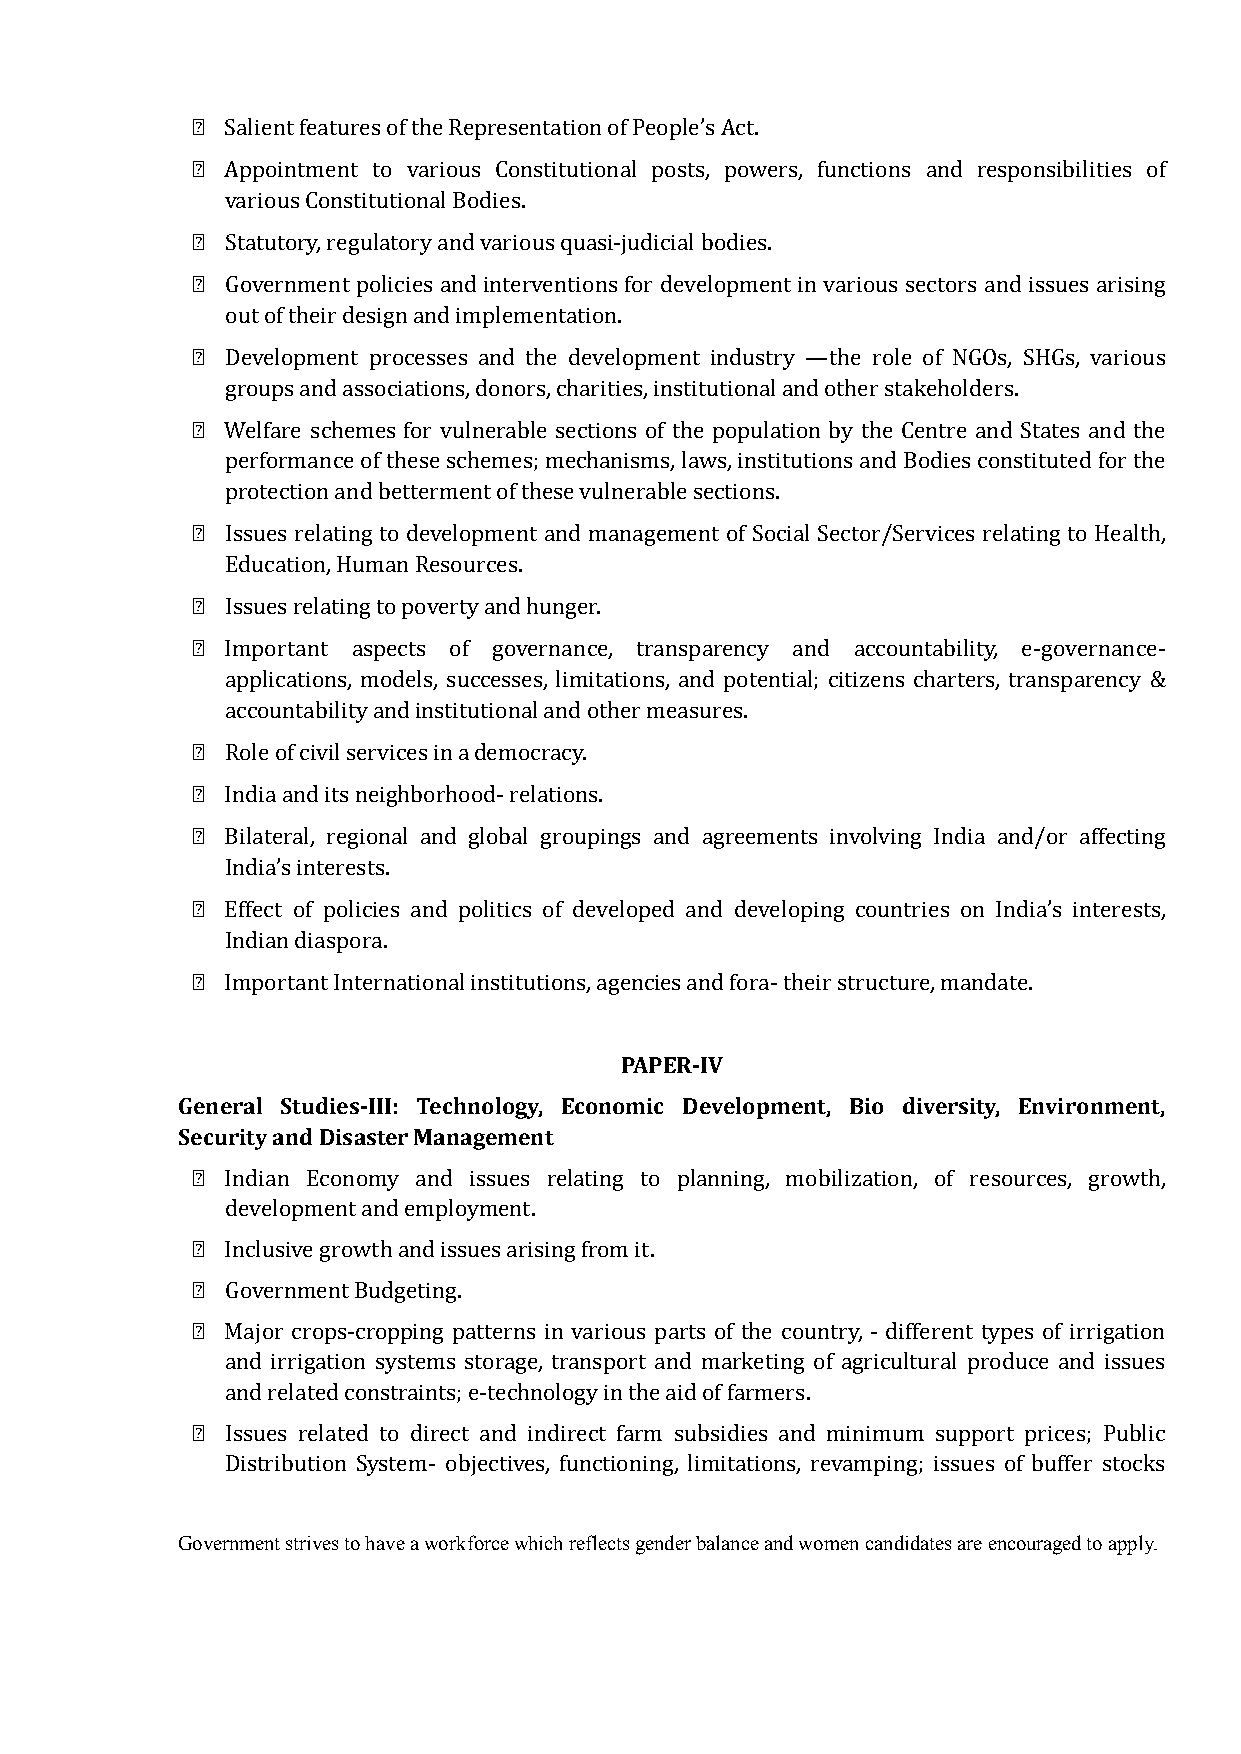
฀ Salient features of the Representation of People’s Act.
 ฀ Appointment to various Constitutional posts, powers, functions and responsibilities of
 various Constitutional Bodies.
 ฀ Statutory, regulatory and various quasi-judicial bodies.
 ฀ Government policies and interventions for development in various sectors and issues arising
 out of their design and implementation.
 ฀ Development processes and the development industry —the role of NGOs, SHGs, various
 groups and associations, donors, charities, institutional and other stakeholders.
 ฀ Welfare schemes for vulnerable sections of the population by the Centre and States and the
 performance of these schemes; mechanisms, laws, institutions and Bodies constituted for the
 protection and betterment of these vulnerable sections.
 ฀ Issues relating to development and management of Social Sector/Services relating to Health,
 Education, Human Resources.
 ฀ Issues relating to poverty and hunger.
 ฀ Important aspects of governance, transparency and accountability, e-governance-
 applications, models, successes, limitations, and potential; citizens charters, transparency &
 accountability and institutional and other measures.
 ฀ Role of civil services in a democracy.
 ฀ India and its neighborhood- relations.
 ฀ Bilateral, regional and global groupings and agreements involving India and/or affecting
 India’s interests.
 ฀ Effect of policies and politics of developed and developing countries on India’s interests,
 Indian diaspora.
 ฀ Important International institutions, agencies and fora- their structure, mandate.
 PAPER-IV
 General Studies-III: Technology, Economic Development, Bio diversity, Environment,
 Security and Disaster Management
 ฀ Indian Economy and issues relating to planning, mobilization, of resources, growth,
 development and employment.
 ฀ Inclusive growth and issues arising from it.
 ฀ Government Budgeting.
 ฀ Major crops-cropping patterns in various parts of the country, - different types of irrigation
 and irrigation systems storage, transport and marketing of agricultural produce and issues
 and related constraints; e-technology in the aid of farmers.
 ฀ Issues related to direct and indirect farm subsidies and minimum support prices; Public
 Distribution System- objectives, functioning, limitations, revamping; issues of buffer stocks
 Government strives to have a workforce which reflects gender balance and women candidates are encouraged to apply.